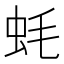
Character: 蚝